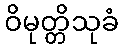
ဝိမုတ္တိသုခံ